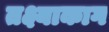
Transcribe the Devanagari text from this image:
तक्ष्याकाग